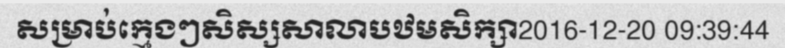
សម្រាប់ក្មេងៗសិស្សសាលាបឋមសិក្សា2016-12-20 09:39:44